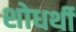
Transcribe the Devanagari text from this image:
शोधर्थी